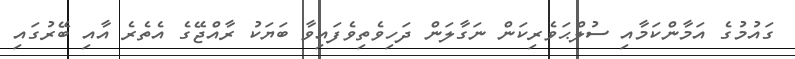
ގައުމުގެ އަމާންކަމާއި ސުލްޙަވެރިކަން ނަގާލަން ދަހިވެތިވެފައިވާ ބަޔަކު ރާއްޖޭގެ އެތެރެ އާއި ބޭރުގައި